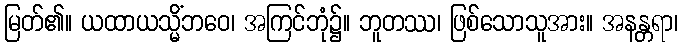
မြတ်၏။ ယထာယသ္မိံဘဝေ၊ အကြင်ဘုံ၌။ ဘူတဿ၊ ဖြစ်သောသူအား။ အနန္တရာ၊